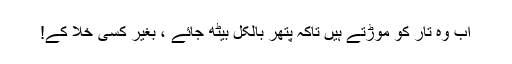
اب وہ تار کو موڑتے ہیں تاکہ پتھر بالکل بیٹھ جائے ، بغیر کسی خلا کے!